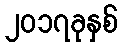
၂၀၁၇ခုနှစ်